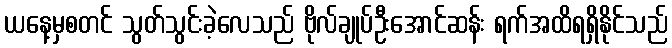
ယနေ့မှစတင် သွတ်သွင်းခဲ့လေသည် ဗိုလ်ချုပ်ဦးအောင်ဆန်း ရက်အထိရရှိနိုင်သည်